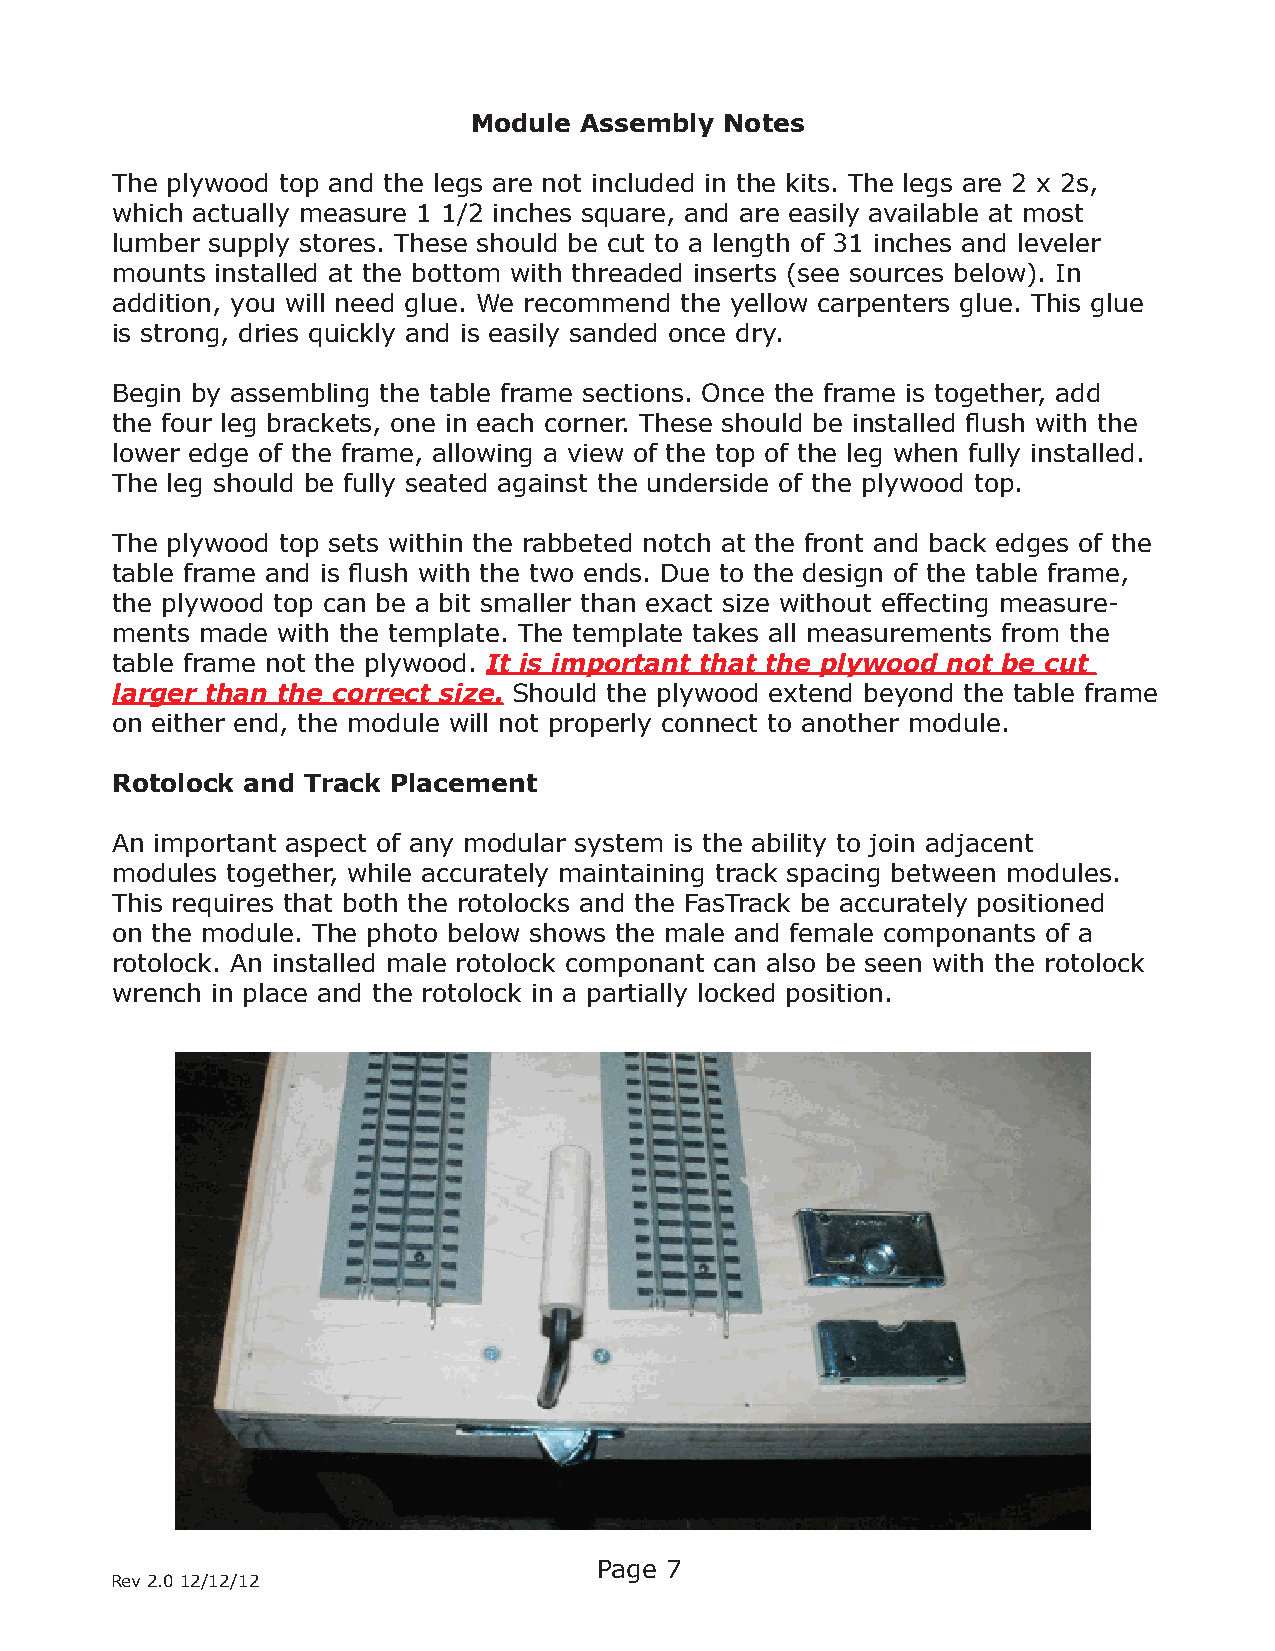
Module Assembly  Notes
 The plywood top and the legs are not included in the kits. The legs are 2 x 2s,
 which actually measure 1 1/2 inches square, and are easily available at most
 lumber supply stores. These should be cut to a length of 31 inches and leveler
 mounts installed at the bottom with threaded inserts (see sources below). In
 addition, you will need glue. We recommend the yellow carpenters glue. This glue
 is strong, dries quickly and is easily sanded once dry.
 Begin by assembling the table frame sections. Once the frame is together, add
 the four leg brackets, one in each corner. These should be installed flush with the
 lower edge of the frame, allowing a view of the top of the leg when fully installed.
 The leg should be fully seated against the underside of the plywood top.
 The plywood top sets within the rabbeted notch at the front and back edges of the
 table frame and is flush with the two ends. Due to the design of the table frame,
 the plywood top can be a bit smaller than exact size without effecting measure-
 ments made with the template. The template takes all measurements from the
 table frame not the plywood. It is important that the plywood not be cut
 larger than the correct size. Should the plywood extend beyond the table frame
 on either end, the module will not properly connect to another module.
 Rotolock and Track Placement
 An important aspect of any modular system is the ability to join adjacent
 modules together, while accurately maintaining track spacing between modules.
 This requires that both the rotolocks and the FasTrack be accurately positioned
 on the module. The photo below shows the male and female componants of a
 rotolock. An installed male rotolock componant can also be seen with the rotolock
 wrench in place and the rotolock in a partially locked position.
 Page 7
 Rev 2.0 12/12/12